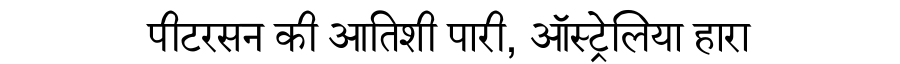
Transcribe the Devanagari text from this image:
पीटरसन की आतिशी पारी, ऑस्ट्रेलिया हारा